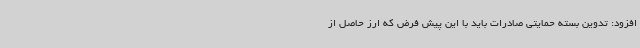
افزود: تدوین بسته حمایتی صادرات باید با این پیش فرض که ارز حاصل از